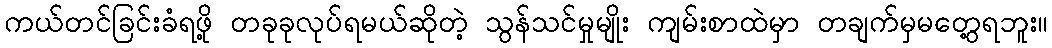
ကယ်တင်ခြင်းခံရဖို့ တခုခုလုပ်ရမယ်ဆိုတဲ့ သွန်သင်မှုမျိုး ကျမ်းစာထဲမှာ တချက်မှမတွေ့ရဘူး။